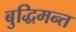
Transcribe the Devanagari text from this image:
बुद्धिमन्त